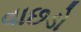
વાછડો